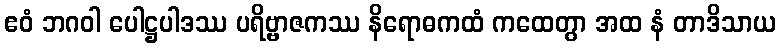
ဧဝံ ဘဂဝါ ပေါဋ္ဌပါဒဿ ပရိဗ္ဗာဇကဿ နိရောဓကထံ ကထေတွာ အထ နံ တာဒိသာယ